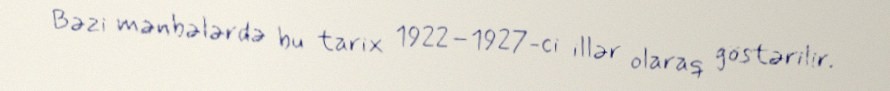
Bəzi mənbələrdə bu tarix 1922–1927-ci illər olaraq göstərilir.